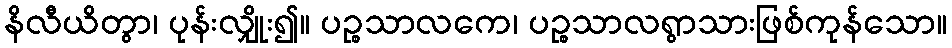
နိလီယိတွာ၊ ပုန်းလျှိုး၍။ ပဉ္စသာလကေ၊ ပဉ္စသာလရွာသားဖြစ်ကုန်သော။